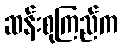
ဆန်းစုကြည်က